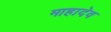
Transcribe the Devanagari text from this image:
माहादेव